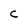
Character: C